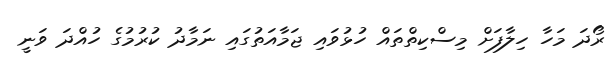
ރޯދަ މަހާ ހިލާފަށް މިސްކިތްތައް ހުޅުވައި ޖަމާއަތުގައި ނަމާދު ކުރުމުގެ ހުއްދަ ވަނީ